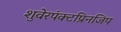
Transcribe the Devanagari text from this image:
शुवेरपंक्टप्रिनजिप